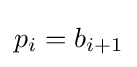
p_{i}=b_{i+1}